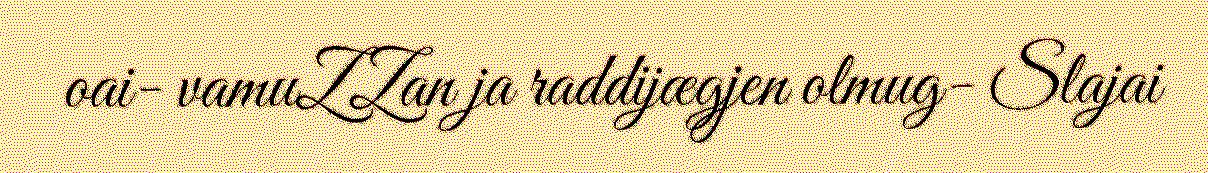
oai- vamuZZan ja raddijægjen olmug- Slajai